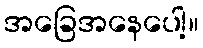
အခြေအနေပေါ့။